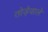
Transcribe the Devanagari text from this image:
तोड़ेवाले